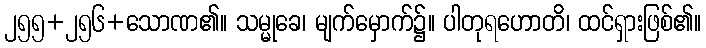
၂၅၅+၂၅၆+သောဏ၏။ သမ္မုခေ၊ မျက်မှောက်၌။ ပါတုရဟောတိ၊ ထင်ရှားဖြစ်၏။